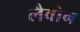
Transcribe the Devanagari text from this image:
लैवोन